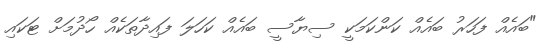
"ބައެއް ފަހަރު ބައެއް ކަންކަމަކީ ސިޔާސީ ބައެއް ކަހަލަ ފައިދާތަކެއް ހޯދުމަށް ޓަކައި